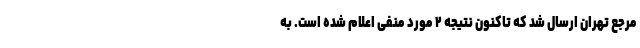
مرجع تهران ارسال شد که تاکنون نتیجه ۲ مورد منفی اعلام شده است. به